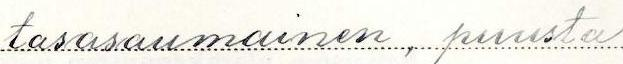
tasasaumainen, puusta